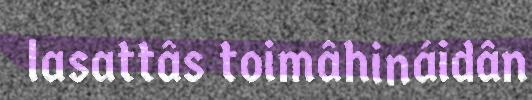
lasattâs toimâhináidân